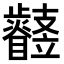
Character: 𣦳